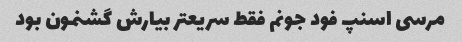
مرسی اسنپ فود جونم فقط سریعتر بیارش گشنمون بود